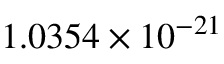
1 . 0 3 5 4 \times 1 0 ^ { - 2 1 }